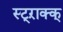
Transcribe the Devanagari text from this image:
स्ट्ऱाक्क्